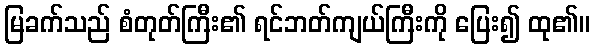
မြခက်သည် စံတုတ်ကြီး၏ ရင်ဘတ်ကျယ်ကြီးကို ပြေး၍ ထု၏။